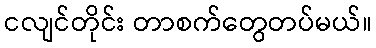
ငလျင်တိုင်း တာစက်တွေတပ်မယ်။